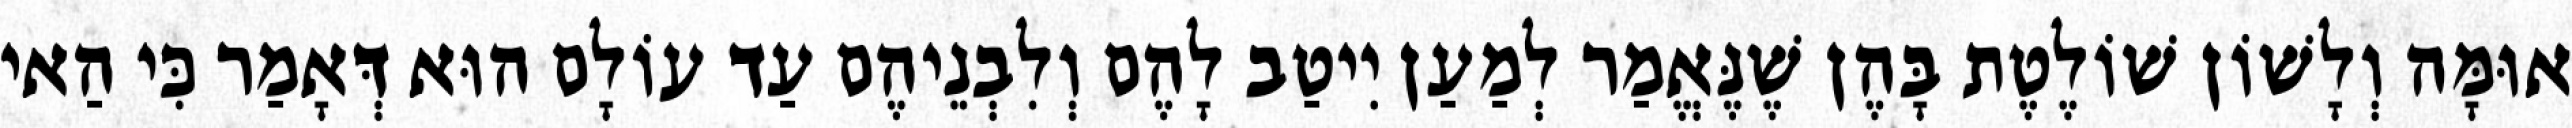
אוּמָּה וְלָשׁוֹן שׁוֹלֶטֶת בָּהֶן שֶׁנֶּאֱמַר לְמַעַן יִיטַב לָהֶם וְלִבְנֵיהֶם עַד עוֹלָם הוּא דְּאָמַר כִּי הַאי